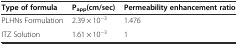
<table><thead><tr><td><b>Type of formula</b></td><td><b>P<sub>app</sub>(cm/sec)</b></td><td><b>Permeability enhancement ratio</b></td></tr></thead><tbody><tr><td>PLHNs Formulation</td><td>2.39 × 10<sup>−3</sup></td><td>1.476</td></tr><tr><td>ITZ Solution</td><td>1.61 × 10<sup>−3</sup></td><td>1</td></tr></tbody></table>